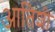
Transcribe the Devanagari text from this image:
आतिशी